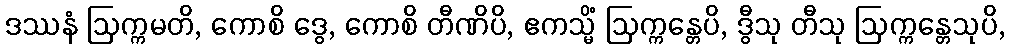
ဒဿနံ ဩက္ကမတိ, ကောစိ ဒွေ, ကောစိ တီဏိပိ, ဧကသ္မိံ ဩက္ကန္တေပိ, ဒွီသု တီသု ဩက္ကန္တေသုပိ,